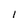
Character: I